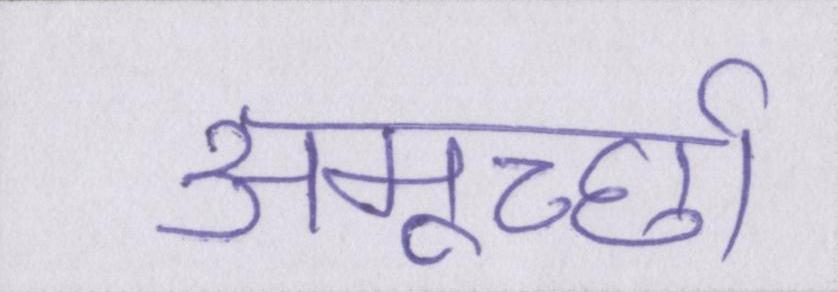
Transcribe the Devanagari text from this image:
अमूर्च्छा